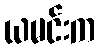
ယမင်းက